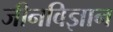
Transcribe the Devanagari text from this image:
जीनविज्ञान